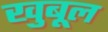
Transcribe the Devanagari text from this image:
खुबूल